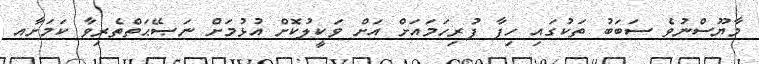
މާޔޫސްނުވެ ސަބަބު ތަކުގައި ހިފާ ފުރިހަމައަށް އަށް ވަކީލުކޮށް އުޅުމަށް ނަޞޭޙަތްތެރިވާ ކަމަށާއ